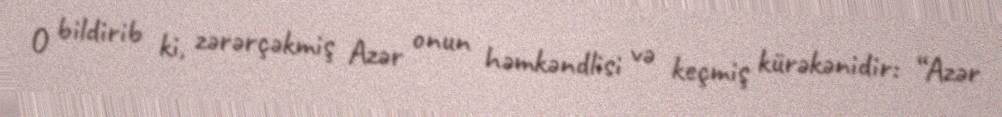
O bildirib ki, zərərçəkmiş Azər onun həmkəndlisi və keçmiş kürəkənidir: “Azər